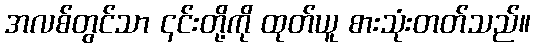
အလစ်တွင်သာ ၎င်းတို့ကို ထုတ်ယူ စားသုံးတတ်သည်။